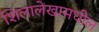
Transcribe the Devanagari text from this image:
शिलालेखामधील